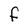
Character: F